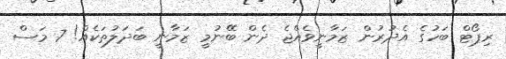
ރިޕޯޓް ބަހުގެ އެދުރުން ޒަމާނީވެއްޖެ ދެން ބޭނުމީ ޒަމާނީ ބަދަލުތަކެއް! 7 މަސް